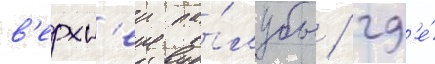
в'ерхн'еи па́лубы / гд'е́